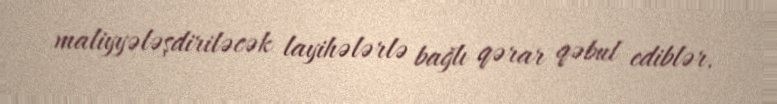
maliyyələşdiriləcək layihələrlə bağlı qərar qəbul ediblər.